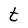
Character: t